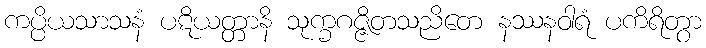
ကပ္ပိယသာသနံ ပဋိယတ္တာနိ သုက္ခဂဇ္ဇိတသညိတေ နဿနဝါရံ ပကိရိတွာ